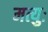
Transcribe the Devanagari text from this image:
मत्युः